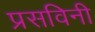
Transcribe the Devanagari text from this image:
प्रसविनी